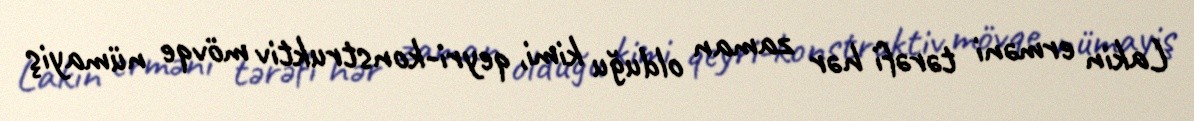
Lakin erməni tərəfi hər zaman olduğu kimi, qeyri-konstruktiv mövqe nümayiş